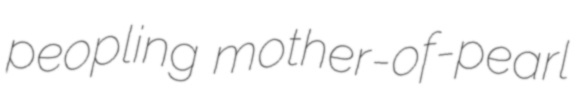
peopling mother-of-pearl